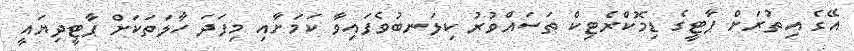
އޭގެ އިތުރަށް ޕާޓީގެ ޑިމޮކްރެޓިކް ތަސައްވުރު ކިލަނބުވެފައިވާ ކަމަށާއި މިފަދަ ހާލަތަކަށް ޕާޓީދިޔައީ